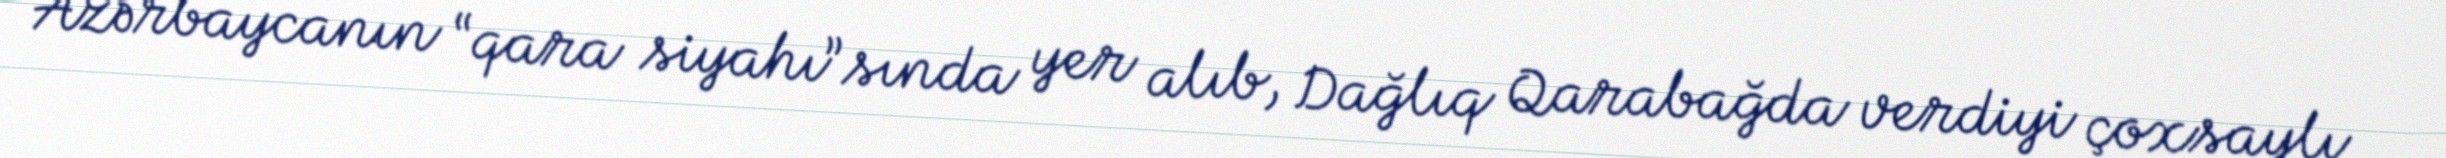
Azərbaycanın “qara siyahı”sında yer alıb, Dağlıq Qarabağda verdiyi çoxsaylı